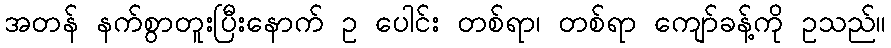
အတန် နက်စွာတူးပြီးနောက် ဥ ပေါင်း တစ်ရာ၊ တစ်ရာ ကျော်ခန့်ကို ဥသည်။